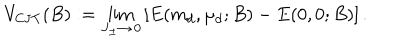
LaTeX: V _ { \mathrm { C J T } } ( B ) : = \lim _ { J _ { \pm } \to \, 0 } \left[ E ( m _ { d } , \mu _ { d } ; B ) - E ( 0 , 0 ; B ) \right] .